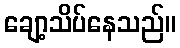
ချော့သိပ်နေသည်။